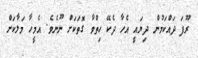
ރޫފަ ދައްކަމުން ދިޔައީ އެހާ ދެކޭ ހިތްވާ ގޮތަކަށް ނޫނެވެ. އެމީހާ މަލާކަށް